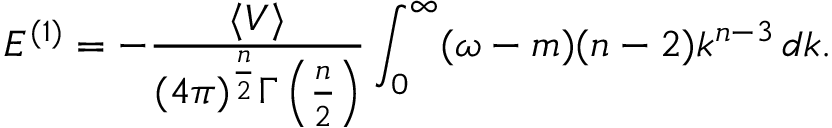
{ \cal E } ^ { ( 1 ) } = - \frac { \langle V \rangle } { ( 4 \pi ) ^ { \frac { n } { 2 } } \Gamma \left( \frac { n } { 2 } \right) } \int _ { 0 } ^ { \infty } ( \omega - m ) ( n - 2 ) k ^ { n - 3 } \, d k .